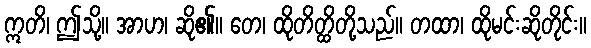
ဣတိ၊ ဤသို့။ အာဟ၊ ဆို၏။ တေ၊ ထိုတိတ္ထိတို့သည်။ တထာ၊ ထိုမင်းဆိုတိုင်း။